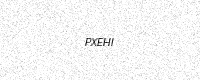
Text: PXEHI